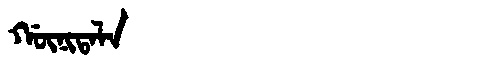
Manchu: ᡤᡡᠨᡳᡨᠠᠯᠠ
Romanization: GŪNITALA